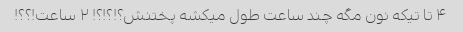
۴ تا تیکه نون مگه چند ساعت طول میکشه پختنش؟!؟!؟! ۲ ساعت!؟؟!